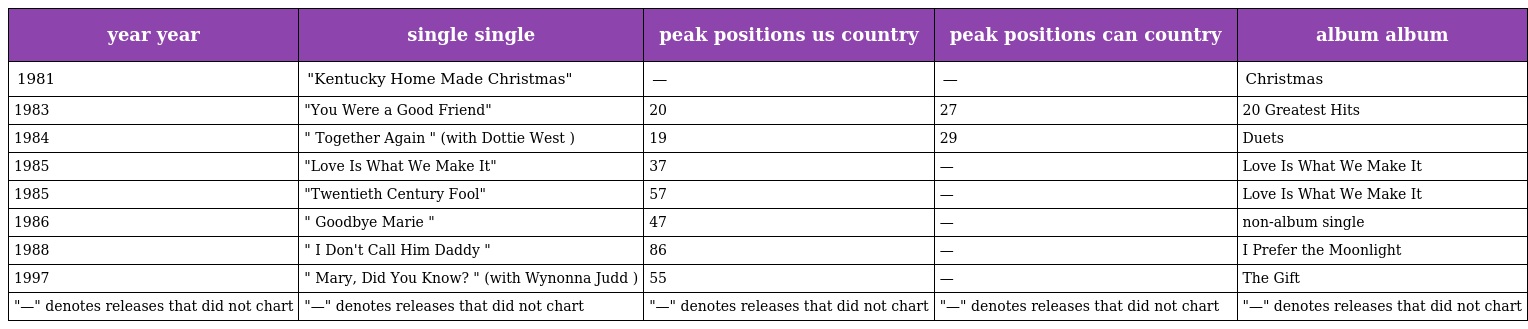
| year year | single single | peak positions us country | peak positions can country | album album |
 | --- | --- | --- | --- | --- |
 | 1981 | "Kentucky Home Made Christmas" | — | — | Christmas |
 | 1983 | "You Were a Good Friend" | 20 | 27 | 20 Greatest Hits |
 | 1984 | " Together Again " (with Dottie West ) | 19 | 29 | Duets |
 | 1985 | "Love Is What We Make It" | 37 | — | Love Is What We Make It |
 | 1985 | "Twentieth Century Fool" | 57 | — | Love Is What We Make It |
 | 1986 | " Goodbye Marie " | 47 | — | non-album single |
 | 1988 | " I Don't Call Him Daddy " | 86 | — | I Prefer the Moonlight |
 | 1997 | " Mary, Did You Know? " (with Wynonna Judd ) | 55 | — | The Gift |
 | "—" denotes releases that did not chart | "—" denotes releases that did not chart | "—" denotes releases that did not chart | "—" denotes releases that did not chart | "—" denotes releases that did not chart |